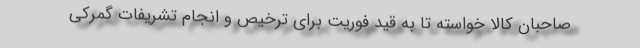
صاحبان کالا خواسته تا به قید فوریت برای ترخیص و انجام تشریفات گمرکی